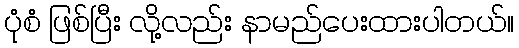
ပုံစံ ဖြစ်ပြီး လို့လည်း နာမည်ပေးထားပါတယ်။